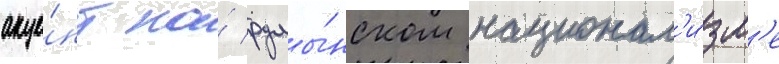
акце́нт на́ румы́нском национал'и́зм'е